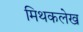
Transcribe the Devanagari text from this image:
मिथकलेख